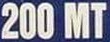
200 MT